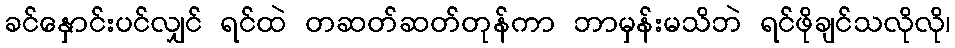
ခင်နှောင်းပင်လျှင် ရင်ထဲ တဆတ်ဆတ်တုန်ကာ ဘာမှန်းမသိဘဲ ရင်ဖိုချင်သလိုလို၊